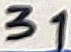
Text: 31